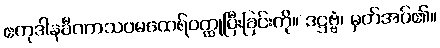
ဧကုဒါနခီဏာသဝမထေရ်ဝတ္ထုပြီးခြင်းကို။ ဒဋ္ဌဗ္ဗံ၊ မှတ်အပ်၏။